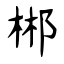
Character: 郴